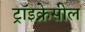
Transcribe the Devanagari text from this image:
ट्रॉइक्रेसील